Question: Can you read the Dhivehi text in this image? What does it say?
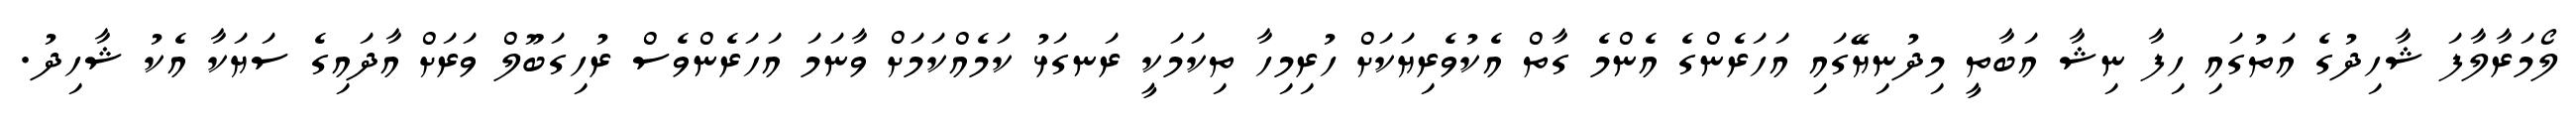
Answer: ލޯމަރާލާފަ ޝާހިދުގެ އަތުގައި ހިފާ ނިޝާ އަބާތީ މިދުނިޔޭގައި އަހަރެންގެ އެންމެ ގާތް އެކުވެރިޔަކަށް ހުރިމިހާ ތިކަމަކީ ރަނގަޅު ކަމެއްކަމަށް ވާނަމަ އަހަރެންވެސް ރުހިގަބޫލް ވަރަށް އާދައިގެ ސަޔަކާ އެކު ޝާހިދު.